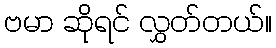
ဗမာ ဆိုရင် လွှတ်တယ်။